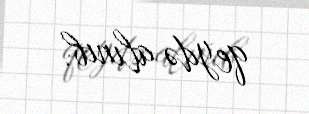
qeydə alınıb.